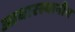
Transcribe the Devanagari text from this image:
आधारस्थानीय